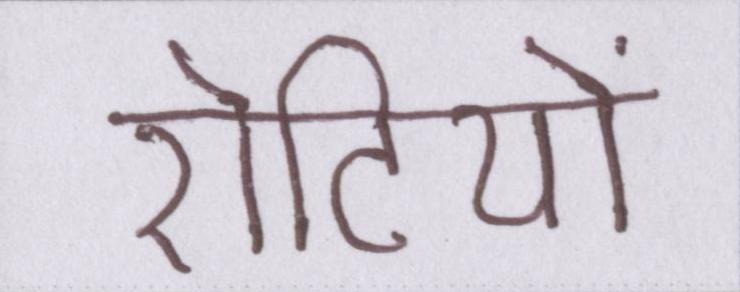
रोटियों